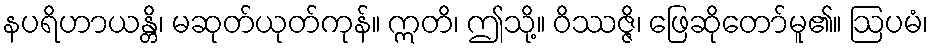
နပရိဟာယန္တိ၊ မဆုတ်ယုတ်ကုန်။ ဣတိ၊ ဤသို့။ ဝိဿဇ္ဇိ၊ ဖြေဆိုတော်မူ၏။ ဩပမံ၊